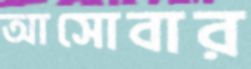
আসোবার